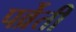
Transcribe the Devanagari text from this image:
पर्व्रेती